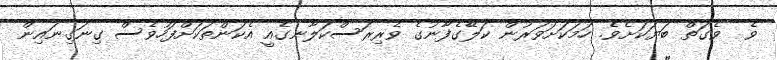
ވެ  ވެގަތް ބަޔަކަށެވެ. ހަމަކަށަވަރުން ކަލޭގެފާނުގެ ވެރިރަސްކަލާނގެއީ އެކަންތަކަށްފަހުވެސް ގިނަގިނައިން